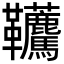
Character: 𩎐